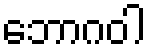
ဘောဂဝါ